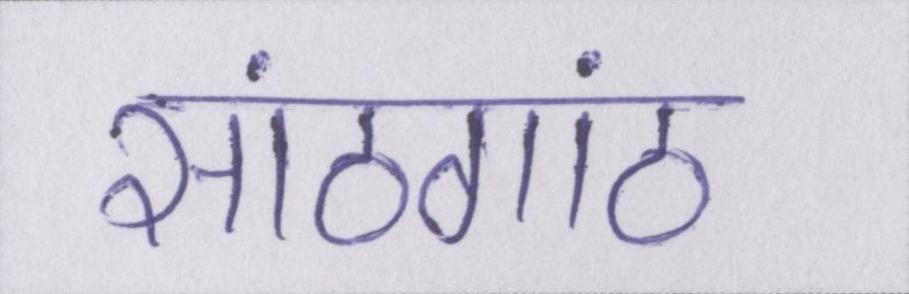
सांठगांठ